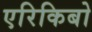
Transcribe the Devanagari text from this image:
एरिकिबो